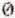
0